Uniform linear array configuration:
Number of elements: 32
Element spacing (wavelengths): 0.25
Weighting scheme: cosine
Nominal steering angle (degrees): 15
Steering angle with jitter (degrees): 16.143
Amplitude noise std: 0.05
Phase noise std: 0.05

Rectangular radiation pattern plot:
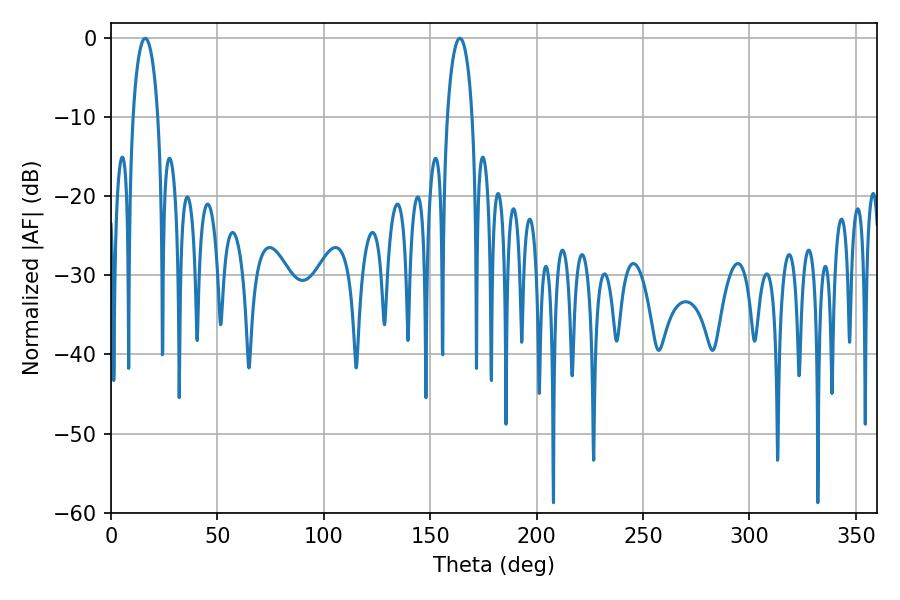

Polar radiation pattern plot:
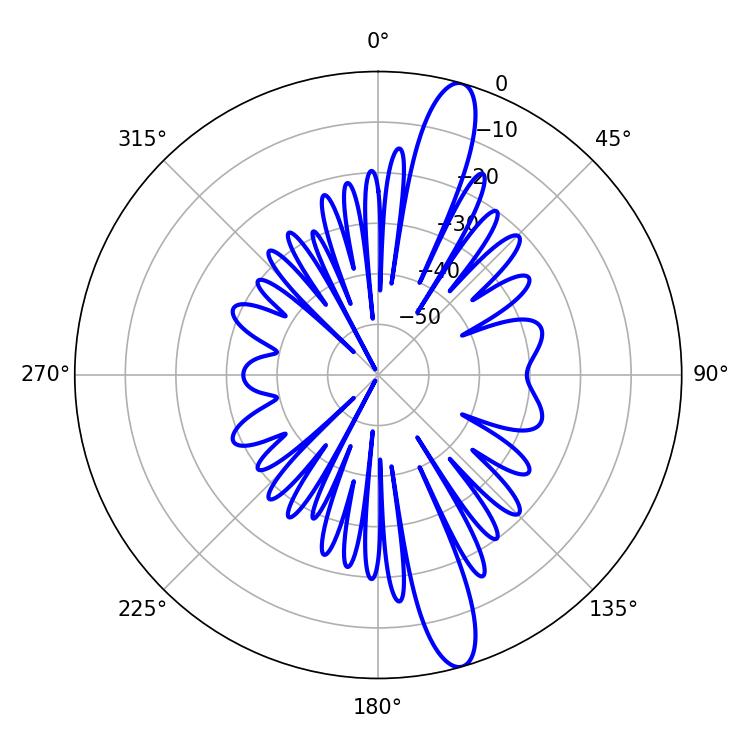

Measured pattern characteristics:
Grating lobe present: FALSE
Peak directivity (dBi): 14.391
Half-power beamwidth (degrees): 6.66
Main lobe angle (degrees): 16.02